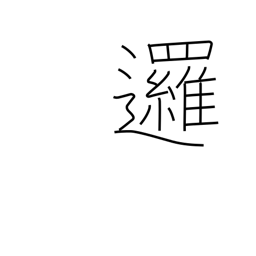
Meaning: go around